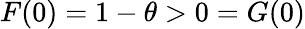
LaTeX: F(0)=1-\theta>0=G(0)